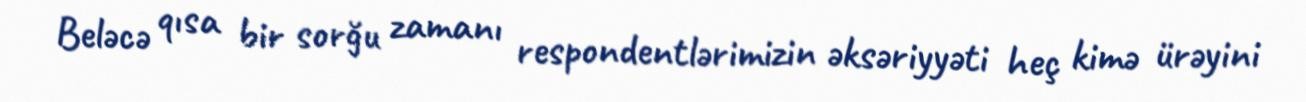
Beləcə qısa bir sorğu zamanı respondentlərimizin əksəriyyəti heç kimə ürəyini